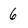
Character: 6